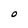
Character: O